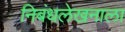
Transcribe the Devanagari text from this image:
निबंधलेखनाला